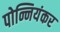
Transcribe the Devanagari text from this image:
पोन्नियंकर